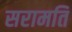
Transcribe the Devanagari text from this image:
सरामति